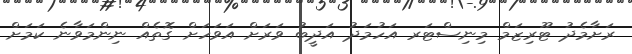
ރަށާމެދު ޓޫރިޒަމް މިނިސްޓަރ އަހުމަދު އަދީބު ވަރަށް އަވަހަށް ގޮތެއް ނިންމަވާނެ ކަމަށް